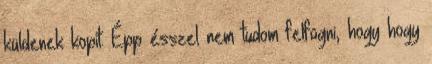
küldenek kopit. Épp ésszel nem tudom felfogni, hogy hogy